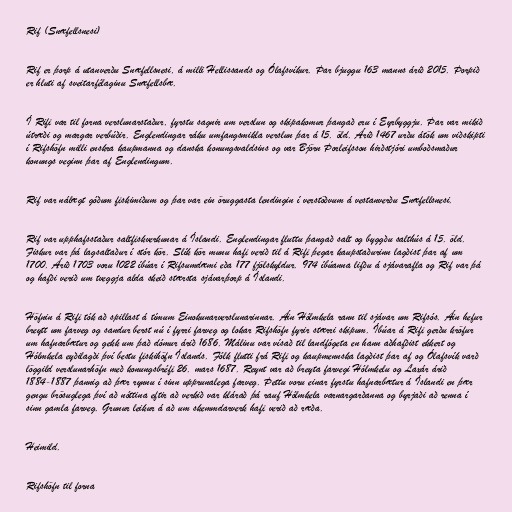
Rif (Snæfellsnesi)

Rif er þorp á utanverðu Snæfellsnesi, á milli Hellissands og Ólafsvíkur. Þar bjuggu 163 manns árið 2015. Þorpið
er hluti af sveitarfélaginu Snæfellsbæ.

Í Rifi var til forna verslunarstaður, fyrstu sagnir um verslun og skipakomur þangað eru í Eyrbyggju. Þar var mikið
útræði og margar verbúðir. Englendingar ráku umfangsmikla verslun þar á 15. öld. Árið 1467 urðu átök um viðskipti
í Rifshöfn milli enskra kaupmanna og danska konungsvaldsins og var Björn Þorleifsson hirðstjóri umboðsmaður
konungs veginn þar af Englendingum.

Rif var nálægt góðum fiskimiðum og þar var ein öruggasta lendingin í verstöðvum á vestanverðu Snæfellsnesi.

Rif var upphafsstaður saltfiskverkunar á Íslandi. Englendingar fluttu þangað salt og byggðu salthús á 15. öld.
Fiskur var þá lagsaltaður í stór kör. Slík kör munu hafi verið til á Rifi þegar kaupstaðurinn lagðist þar af um
1700. Árið 1703 voru 1022 íbúar í Rifsumdæmi eða 177 fjölskyldur. 974 íbúanna lifðu á sjávarafla og Rif var þá
og hafði verið um tveggja alda skeið stærsta sjávarþorp á Íslandi.

Höfnin á Rifi tók að spillast á tímum Einokunarverslunarinnar. Áin Hólmkela rann til sjávar um Rifsós. Áin hefur
breytt um farveg og sandur berst nú í fyrri farveg og lokar Rifshöfn fyrir stærri skipum. Íbúar á Rifi gerðu kröfur
um hafnarbætur og gekk um það dómur árið 1686. Málinu var vísað til landfógeta en hann aðhafðist ekkert og
Hólmkela eyðilagði því bestu fiskihöfn Íslands. Fólk flutti frá Rifi og kaupmennska lagðist þar af og Ólafsvík varð
löggild verslunarhöfn með konungsbréfi 26. mars 1687. Reynt var að breyta farvegi Hólmkelu og Laxár árið
1884-1887 þannig að þær rynnu í sinn upprunalega farveg. Þettu voru einar fyrstu hafnarbætur á Íslandi en þær
gengu brösuglega því að nóttina eftir að verkið var klárað þá rauf Hólmkela varnargarðanna og byrjaði að renna í
sinn gamla farveg. Grunur leikur á að um skemmdarverk hafi verið að ræða.

Heimild.

Rifshöfn til forna